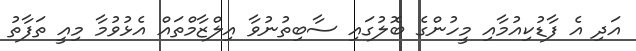
އަދި އެ ފާޑުކިއުމާއި މީހުންގެ ބޮލުގައި ސާބިތުނުވާ އިލްޒާމްތައް އެޅުވުމާ މިއީ ތަފާތު